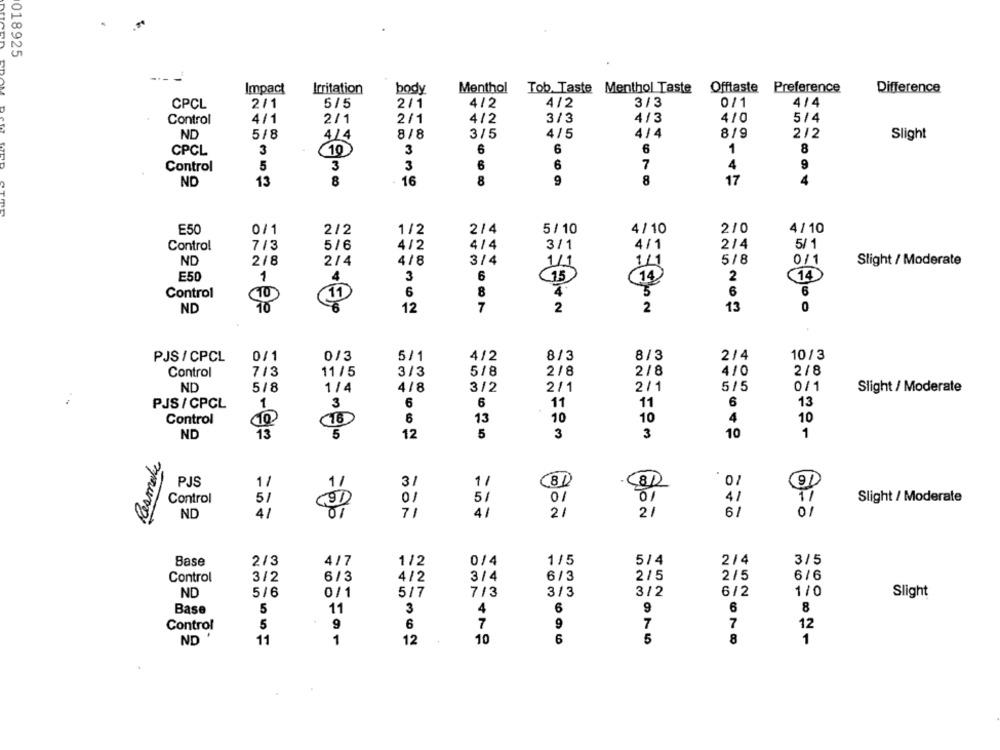
018925
Impact
Irritation
body
Menthol Tob Taste Menthol Taste
Offtaste Preference
Difference
CPCL
2/1
5/5
2/1
4/2
4/2
3/3
0/1
4/4
Control
4/1
2/1
2/1
4/2
3/3
4/3
4/0
5/4
ND
5/8
4/4
8/8
3/5
4/5
4/4
8/9
2/2
Slight
CPCL
3
3
6
6
6
1
8
10
5
3
3
6
7
4
Control
16
8
9
8
ND
13
8
17
E50
0/1
2/2
1/2
2/4
5/ 10
4/ 10
2/0
4/10
Control
7/3
5/6
4/2
4/4
3/1
4/1
2/4
5/ 1
ND
2/8
2/4
4/8
3/4
1/1
1/1
5/8
0/1
Slight / Moderate
E50
1
3
6
(14)
75
14
2
10
6
8
6
6
Control
11
10
6
7
2
13
0
ND
12
PJS /CPCL
0/1
0/3
5/1
4/2
8/3
8/3
2/4
10/3
Control
7/3
11 / 5
3/3
5/8
2/8
2/8
4/0
2/8
ND
5/8
1/4
4/8
3/2
2/1
2/1
5/5
0/1
Slight / Moderate
PJS / CPCL
1
3
6
6
11
11
6
13
Control
16
6
13
10
10
4
10
10
ND
13
5
12
5
3
3
10
1
Resmake
PJS
1/
1/
1/
Control
51
91
5/
41
11
Slight / Moderate
ND
41
01
71
4/
2/
21
6/
Base
2/3
4/7
1/2
0/4
1/5
5/4
2/4
3/5
Control
3/2
6/3
3/4
6/3
2/5
2/5
6/6
4/2
ND
5/6
5/7
7/3
3/3
3/2
6/2
1/0
0/1
Slight
Base
6
9
6
8
5
11
3
4
7
9
Control
5
9
6
7
7
12
ND .
11
1
12
10
6
5
8
1